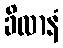
ခိလာနံ